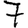
Digit: 7